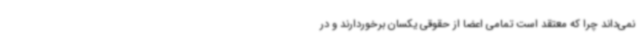
نمی‌داند چرا که معتقد است تمامی اعضا از حقوقی یکسان برخوردارند و در